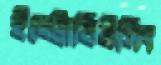
ইন্ট্রোডিউসিং